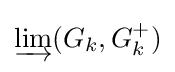
\varinjlim (G_{k},G_{k}^{+})